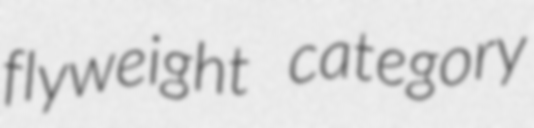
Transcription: flyweight category